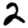
Digit: 2